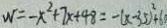
W = - x ^ { 2 } + 7 x + 4 8 = - ( x - 3 5 ) ^ { 2 } + 6 0